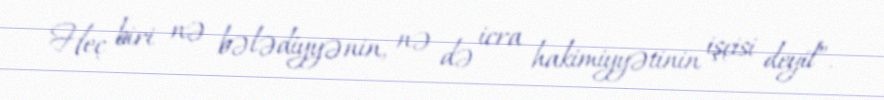
Heç biri nə bələdiyyənin, nə də icra hakimiyyətinin işçisi deyil”.